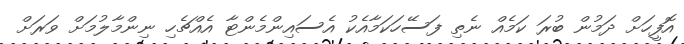
އޮފީހަށް ދަމުން ބުރަ ކަމެއް ނެތި ފަސޭހަކަމާއެކު އެސައިންމެންޓާ އެއްޗެހި ނިންމާލުމަށް ވަރަށް